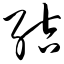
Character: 结